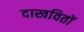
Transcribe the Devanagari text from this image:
दाखवितों